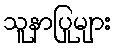
သူနာပြုများ